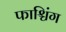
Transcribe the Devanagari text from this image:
फाश्चिंग